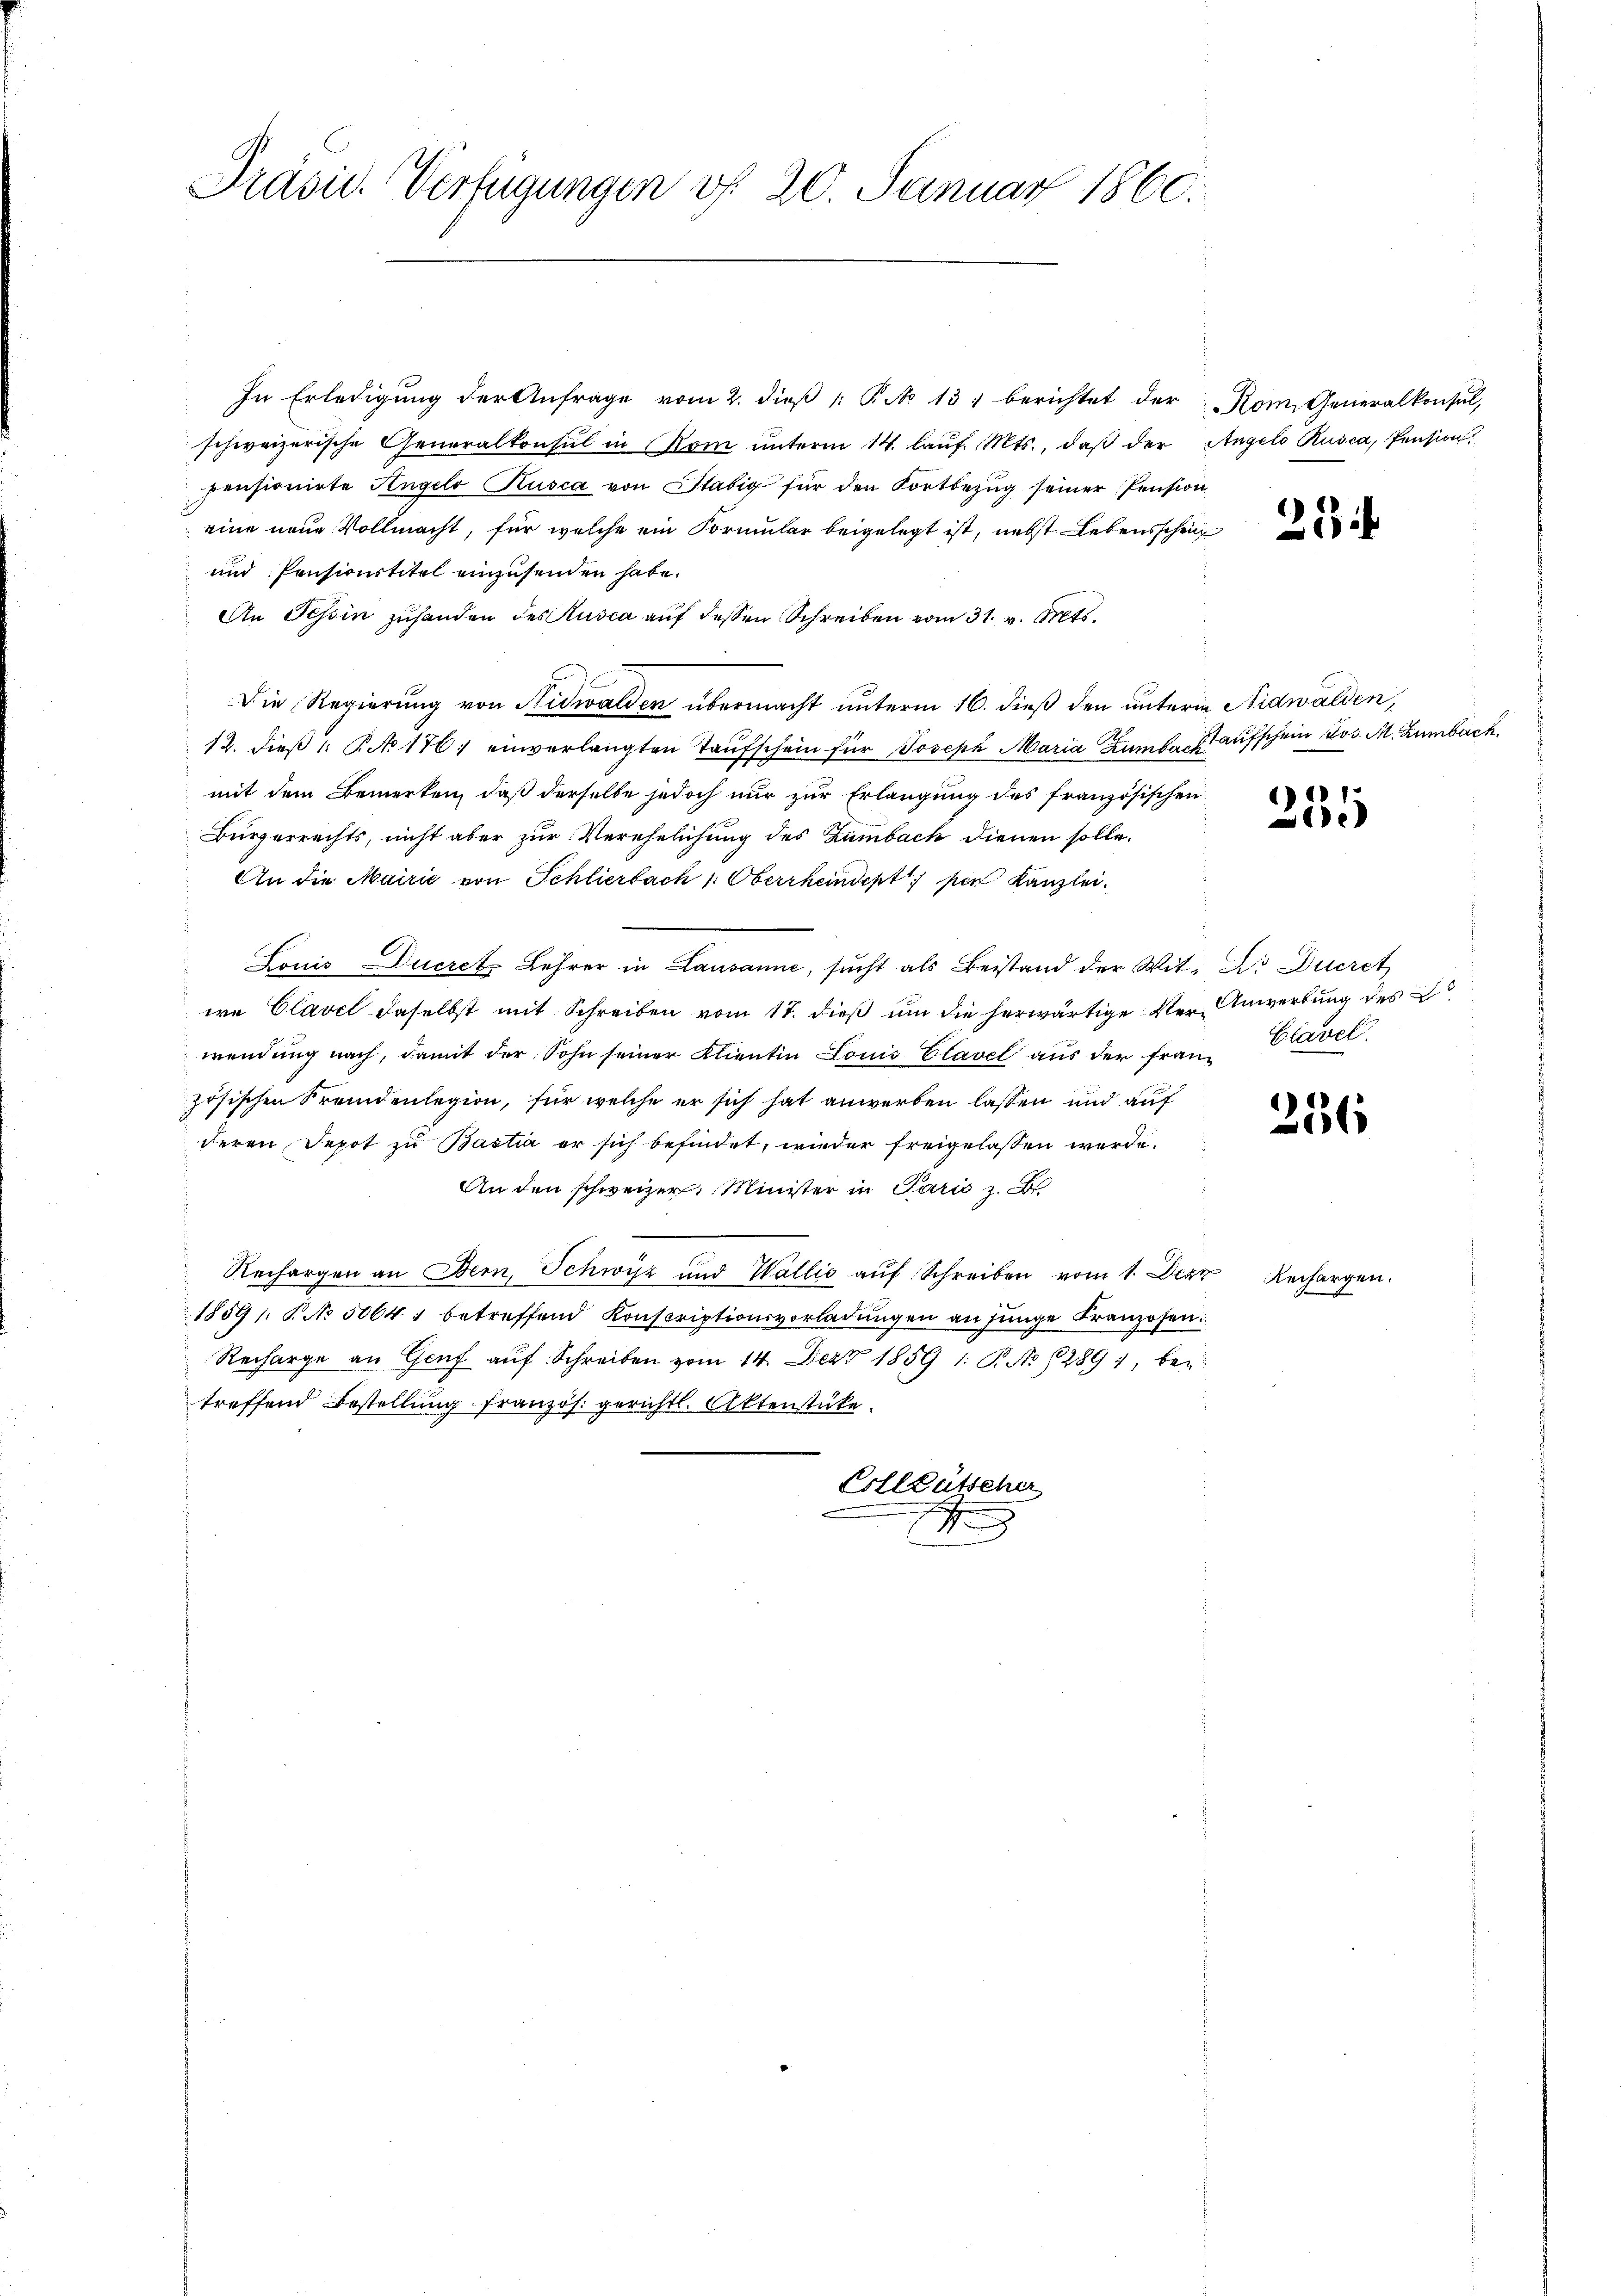
Präsid. Verfügungen v. 20. Januar 1860.

In Erledigŭng der Anfrage vom 2. dieβ /: P. No 131 berichtet der Rom. Generalkonsul,
schweizerische Generalkonsul in Rom unterm 14. laŭf. Mts., daß der Angelo Rusca, Pension,
pensionirte Angelo Kusca von Stabig für den Fortbezŭg seiner Pension
eine neue Vollmacht, für welche ein Formular beigelegt ist, nebst Lebensschein
und Pensionstitel einzusenden habe.
An Schin zuhanden des Rusca auf dessen Schreiben vom 31. v. Mts.
Die Regierung von Nidwalden übermacht unterm 16. dieß den unterm Nidwalden,
12. dieβ " R 1761 einverlangten Taufschein für Joseph Maria Hamber aufschein Jos. M. Zimbach.
mit dem Bemerken, daß derselbe jedoch nur zur Erlangung des französischen
Bürgerrechts, nicht aber zur Verehelichung des Zumbach dienen solle.
An die Mairie von Schlierbach 1. Oberrheindert den Kanzlei.
Louis Ducret Lehrer in Lausanne, sucht als Beistand der Wit¬ D. Durch
we Clavel daselbst mit Schreiben vom 17. dieß um die herwärtige Ver- Anwertung des
wendung nach, damit der Sohn seiner Klientin Louis Clavel aus der Frau Clavel
zösischen Fremdenlegion, für welche er sich hat anwerben lassen und auf
deren Depot zu Bastia er sich befindet, wieder freigelassen werde.
An den schweizer. Minister in Paris z. B.
Rechargen an Bern, Schwyz und Wallis auf Schreiben vom 1. Deze
1859 § No 5064 1 betreffend Konscriptionsvorladŭngen an junge Franzosen.
Recharge an Genf auf Schreiben vom 14. Dez. 1859 1. P. No. 1289 1, bei
treffend Bestellung französ. gerichtl. Aktenstücke.
Vollbütscher
F

27

235

256

Rechargen.